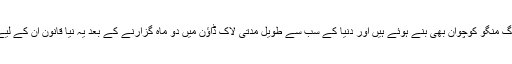
ایسے میں کئی لوگ منگو کوچوان بھی بنے ہوئے ہیں اور دنیا کے سب سے طویل مدتی لاک ڈاؤن میں دو ماہ گزارنے کے بعد یہ نیا قانون ان کے لیے نجات دہندہ ہے۔